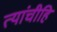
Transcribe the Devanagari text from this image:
त्यांचीहि